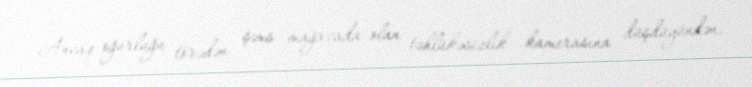
Ancaq oğurluğu törədən şəxs mağazada olan təhlükəsizlik kamerasına düşdüyündən,